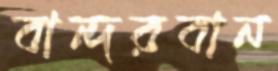
বান্দরবান